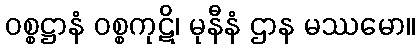
ဝစ္စဋ္ဌာနံ ဝစ္စကုဋိ၊ မုနီနံ ဌာန မဿမော။